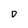
Character: D